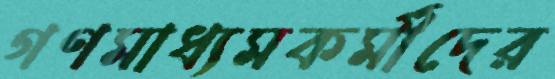
গণমাধ্যমকর্মীদের